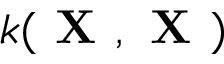
k ( \textbf { X } , \textbf { X } )